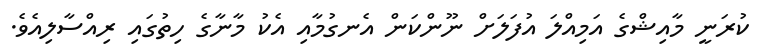
ކުރަނީ މާއިޝްގެ އަމިއްލަ އުފަލަށް ނޫންކަން އެނގުމާއި އެކު މާނާގެ ހިތުގައި ރިއްސާލިއެވެ.